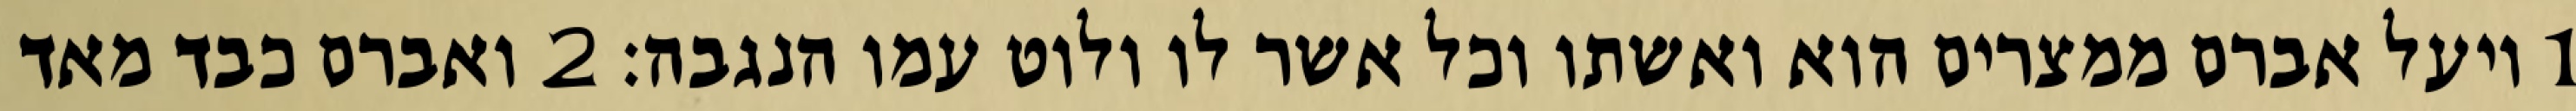
1 ויעל אברם ממצרים הוא ואשתו וכל אשר לו ולוט עמו הנגבה׃ ‎2‏ ואברם כבד מאד